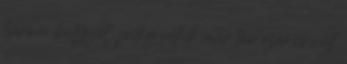
három bolygót, pedig nekik már tán ezer is volt